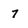
Character: 7